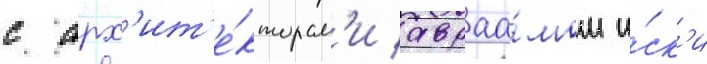
с арх'ит'е́кторам'и авраа́мом и́ск'и